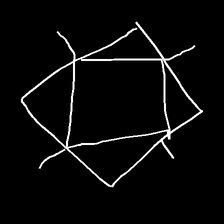
Glyph: light